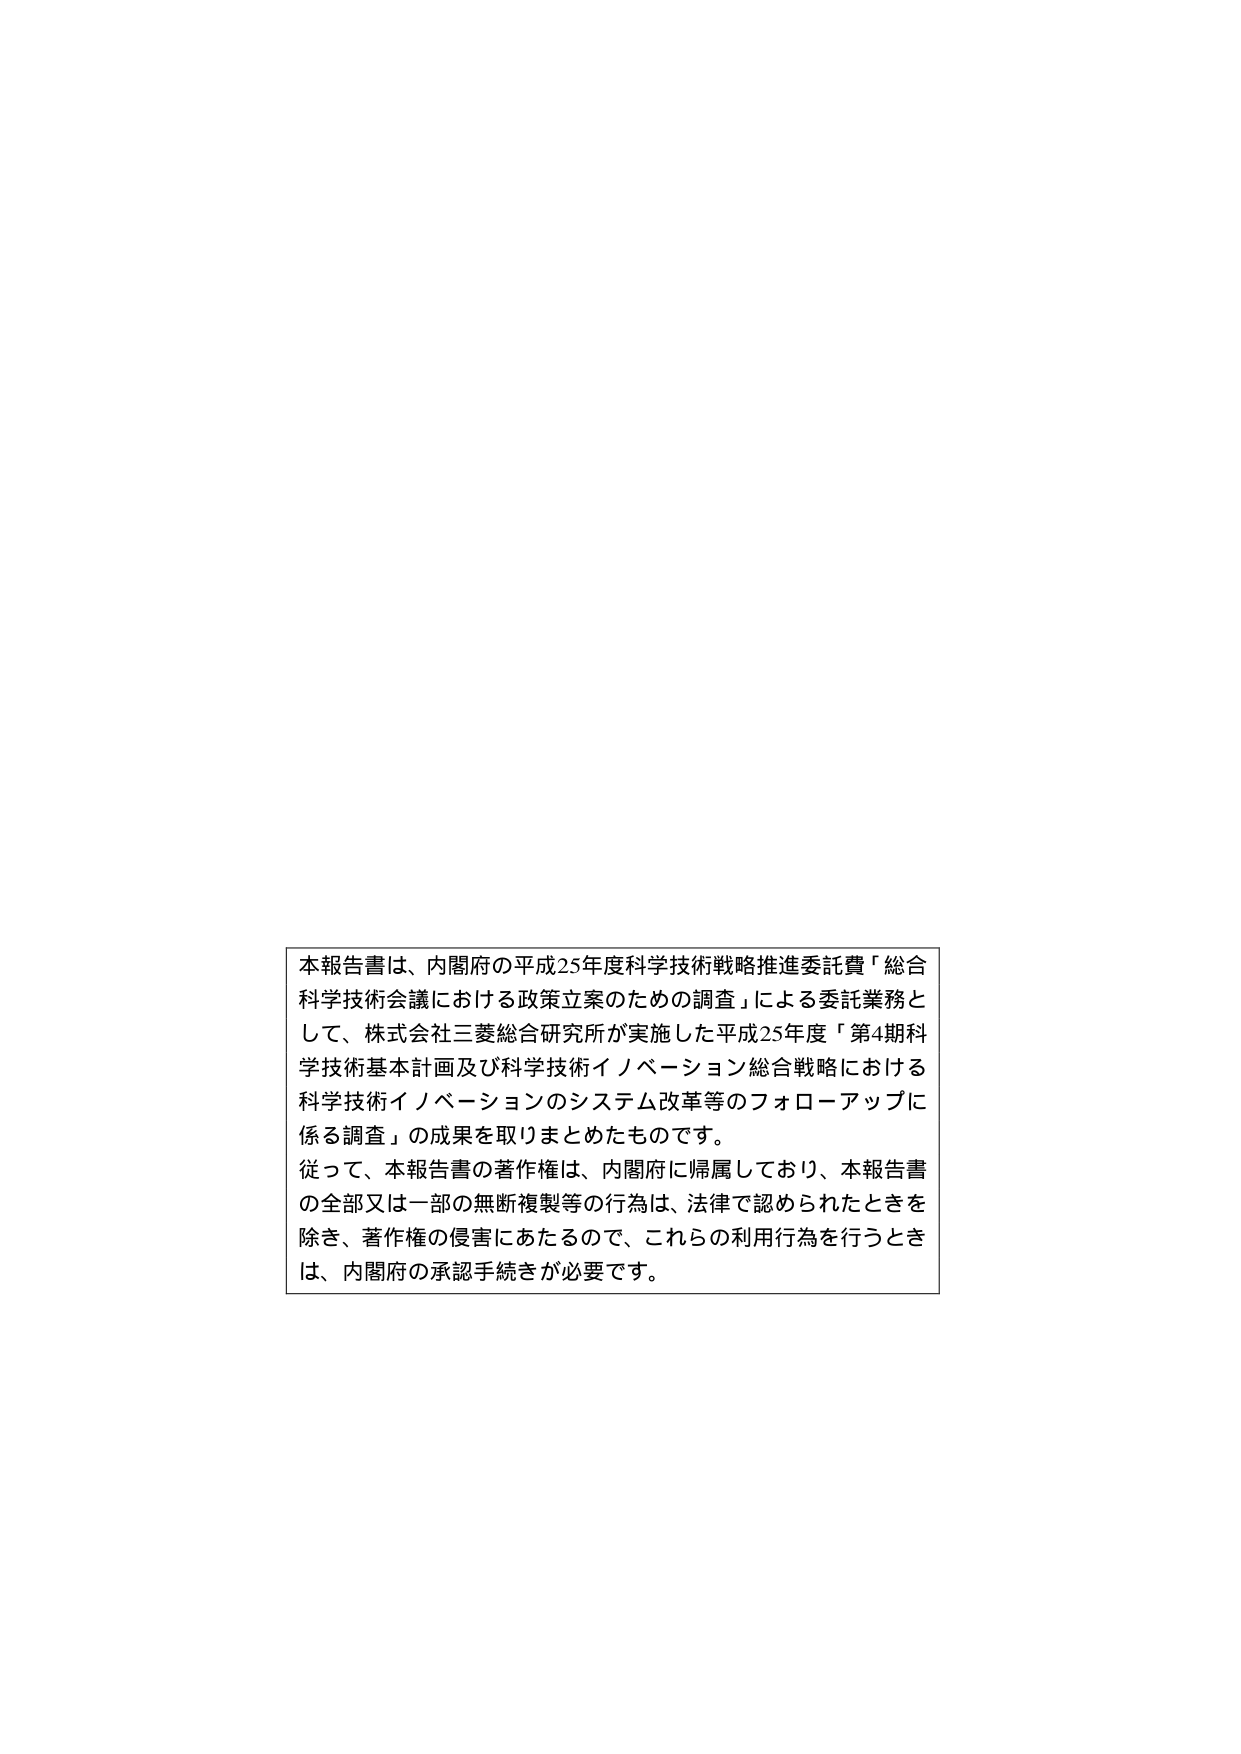
本報告書は、内閣府の平成25年度科学技術戦略推進委託費「総合科学技術会議における政策立案のための調査」による委託業務として、株式会社三菱総合研究所が実施した平成25年度「第4期科学技術基本計画及び科学技術イノベーション総合戦略における科学技術イノベーションのシステム改革等のフォローアップに係る調査」の成果を取りまとめたものです。
従って、本報告書の著作権は、内閣府に帰属しており、本報告書の全部又は一部の無断複製等の行為は、法律で認められたときを除き、著作権の侵害にあたるので、これらの利用行為を行うときは、内閣府の承認手続きが必要です。